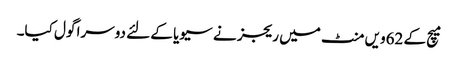
میچ کے 62ویں منٹ میں ریجز نے سیویا کے لئے دوسرا گول کیا۔